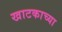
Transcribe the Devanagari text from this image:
खाटकाच्या